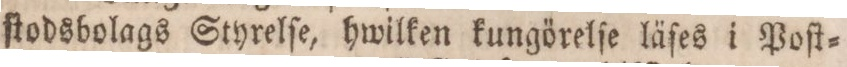
ſtodsbolags Styrelſe, hwilken kungörelſe läſes i Poſt=